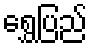
ရွှေပြည်